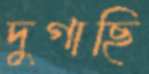
দুগাছি